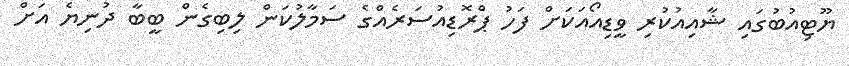
ޔޫޓިއުބުގައި ޝާއިއުކުރި ވީޑިއޯއަކަށް ފަހު ޕްރޮޑިއުސަރެއްގެ ސަމާލުކަން ލިބިގެން ބީބާ ދުނިޔެ އަށް